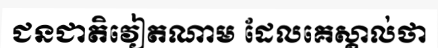
ជនជាតិវៀតណាម ដែលគេស្គាល់ថា